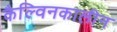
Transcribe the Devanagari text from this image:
कैल्विनकालीन